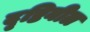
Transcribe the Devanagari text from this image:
दृष्टिनील